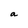
Character: a